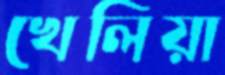
খেলিয়া